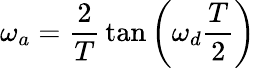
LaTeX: \omega_{a}={\frac{2}{T}}\tan\left(\omega_{d}{\frac{T}{2}}\right)